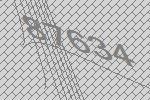
87634